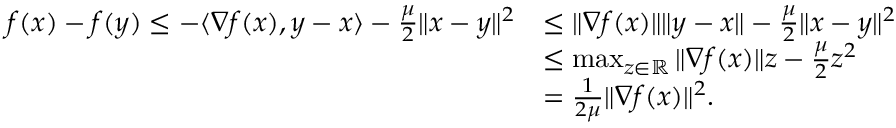
\begin{array} { r l } { f ( x ) - f ( y ) \leq - \langle \nabla f ( x ) , y - x \rangle - \frac { \mu } { 2 } \| x - y \| ^ { 2 } } & { \leq \| \nabla f ( x ) \| \| y - x \| - \frac { \mu } { 2 } \| x - y \| ^ { 2 } } \\ & { \leq \operatorname* { m a x } _ { z \in \mathbb { R } } \| \nabla f ( x ) \| z - \frac { \mu } { 2 } z ^ { 2 } } \\ & { = \frac { 1 } { 2 \mu } \| \nabla f ( x ) \| ^ { 2 } . } \end{array}